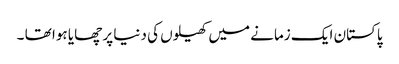
پاکستان ایک زمانے میں کھیلوں کی دنیا پر چھایا ہوا تھا ۔